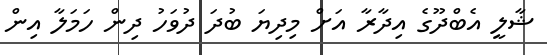
ޝާލީ އެބްދޫގެ އިދާރާ އަށް މިދިޔަ ބުދަ ދުވަހު ދިން ހަމަލާ އިން